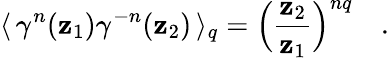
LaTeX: \langle\, \gamma^{n}(\mathbf{z}_{1})\gamma^{-n}(\mathbf{z}_{2})\, \rangle_{q}=\Big(\frac{{\mathbf{z}_{2}}}{{\mathbf{z}_{1}}}\Big)^{nq}\quad.